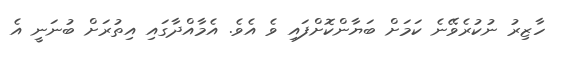
ހާޒިރު ނުކުރެވޭނެ ކަމަށް ބަޔާންކޮށްފައި ވެ އެވެ. އެމާއްދާގައި އިތުރަށް ބުނަނީ އެ